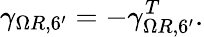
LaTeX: \gamma_{\Omega R,6^{\prime}}=-\gamma_{\Omega R,6^{\prime}}^{T}.